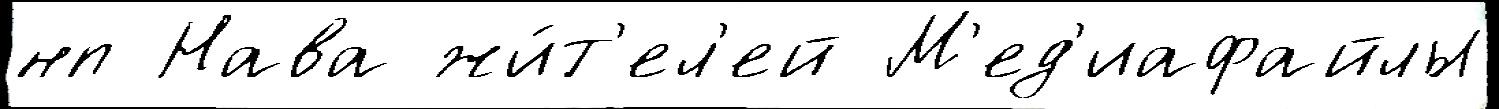
нп Нава жи́т'ел'ей М'ед'иафайлы